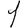
Digit: 1